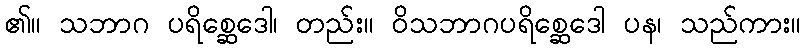
၏။ သဘာဂ ပရိစ္ဆေဒေါ၊ တည်း။ ဝိသဘာဂပရိစ္ဆေဒေါ ပန၊ သည်ကား။